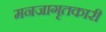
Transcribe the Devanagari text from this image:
मनजागृतकारी